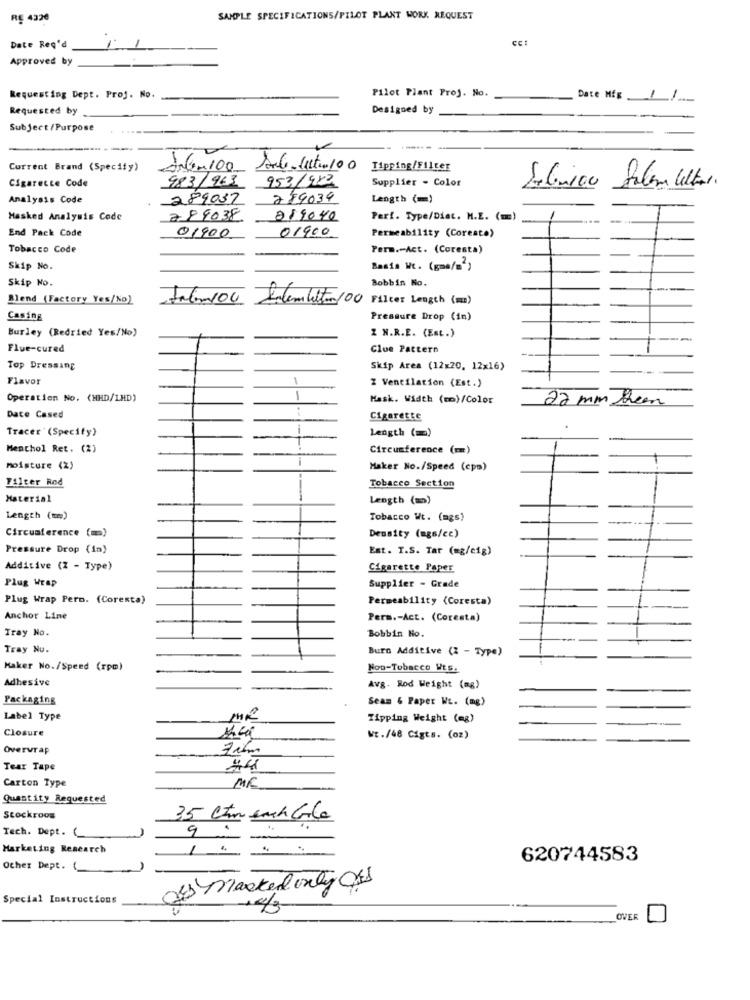
RE 4320
SAMPLE SPECIFICATIONS/PILOT PLANT WORK REQUEST
CC!
Date Req'd
Approved by
Requesting Dept. Proj. No.
Pilot Plant Proj. No.
Date MÉg
Requested by
Designed by
Subject/Purpose
Current Brand (Specify)
ANli-100 Sorte-filtro/00 Tipping/Filter
983/963
953/982
Supplier - Color
Cigarette Code
Analysis Code
289037
279034
Length (=)
Masked Analysis Code
2 89038
819040
Perf. Type/Diet. M.E. (=)
End Pack Code
01900
Permeability (Coresto)
01900
Tobacco Code
Perm .- Act. (Coresta)
Skip No.
Basis Wc. (gma/s')
Skip No.
Bobbin No.
Blend (Factory Yes/No)
Jalan/04
Salem bitten/00 Filter Length (m)
Casing
Pressure Drop (in)
Burley (Redried Yes/No)
Z N.R.E. (Est.)
Flue-cured
Clue Pattern
Top Dressing
Skip Area (12x20, 12x16)
Flavor
Z Ventilation (Est.)
Operation No. (HHD/1HD)
-
Mask. Width (mm)/Color
22 mm them
Date Cased
Cigarette
Tracer (Specify)
Length (=)
Menthol Ret. (2)
Circumference (mm)
moisture (%)
Maker No./Speed (cps)
Filter Red
Tobacco Section
Material
Length (m)
Length (tm)
Tobacco Wt. (mgs)
Circumference (m)
Density (mgs/cc)
Pressure Drop (in)
Est. T.S. Tar (mg/eig)
Additive (Z - Type)
Cigarette Paper
Plug Wrap
Supplier - Grade
Plug Wrap Pern. (Corenta)
Permeability (Coresta)
Anchor Line
Pera .- Act. (Coresta)
Tray No.
Bobbin Ho.
Tray Nu.
Burn Additive (2 - Type)
Maker No./Speed (rpm)
Non-Tobacco Wts.
Adhesive
Avg. Rod Weight (mg)
Packaging
Seam & Paper WL. (mg)
Label Type
MR
Tipping Weight (mg)
Closure
WE./48 Cigts. (oz)
Overwrap
Tear Tape
Carton Type
MR
Quantity Requested
Stockroom
Tech. Dept. (
9
Marketing Research
620744583
Other Dept. ()
Marked only Cks
Special Instructions
OVER